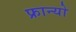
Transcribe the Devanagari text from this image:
फ्रान्यो